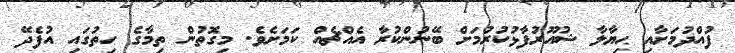
ފުއްދުމަށާއި ޙިޔާލާ ޝުއޫރުފާޅުކުރުމަށް ބޭނުންކުރާ އެއްޗެއް ކަމަށެވެ. މިގޮތުން ތިމާގެ ހިތުގައި އުފެދޭ